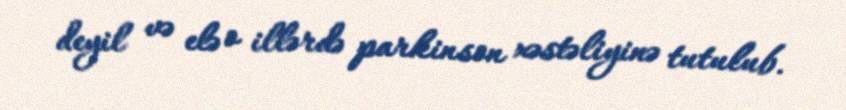
deyil və elə o illərdə parkinson xəstəliyinə tutulub.